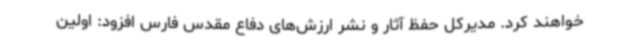
خواهند کرد. مدیرکل حفظ آثار و نشر ارزش‌های دفاع مقدس فارس افزود: اولین